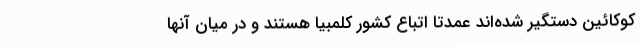
کوکائین دستگیر شده‌اند عمدتا اتباع کشور کلمبیا هستند و در میان آنها